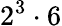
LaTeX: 2^{3}\cdot 6